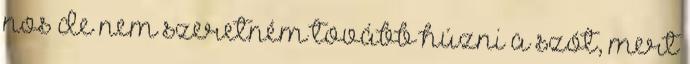
nos de nem szeretném tovább húzni a szót, mert